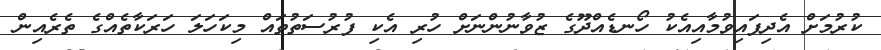
ކުރުމަށް އެދިފައިވުމާއިއެކު ހޯނޑެއްދޫގެ ޒުވާނުންނަށް ހުރި އެކި ފުރުސަތުތައް މިކަހަލަ ހަރަކާތެއްގެ ތެރެއިން